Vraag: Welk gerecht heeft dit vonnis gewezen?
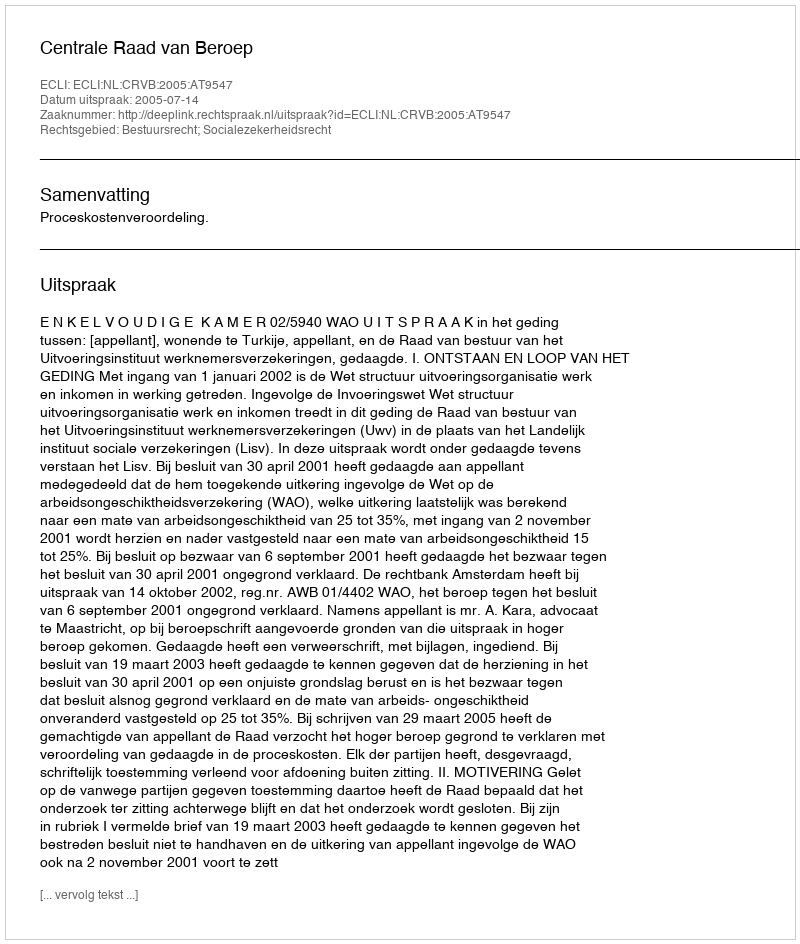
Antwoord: Centrale Raad van Beroep